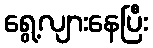
ရွေ့လျားနေပြီး